Vaccination North-Western Provinces 1866-1877 - 1866-1877
Year: 1866
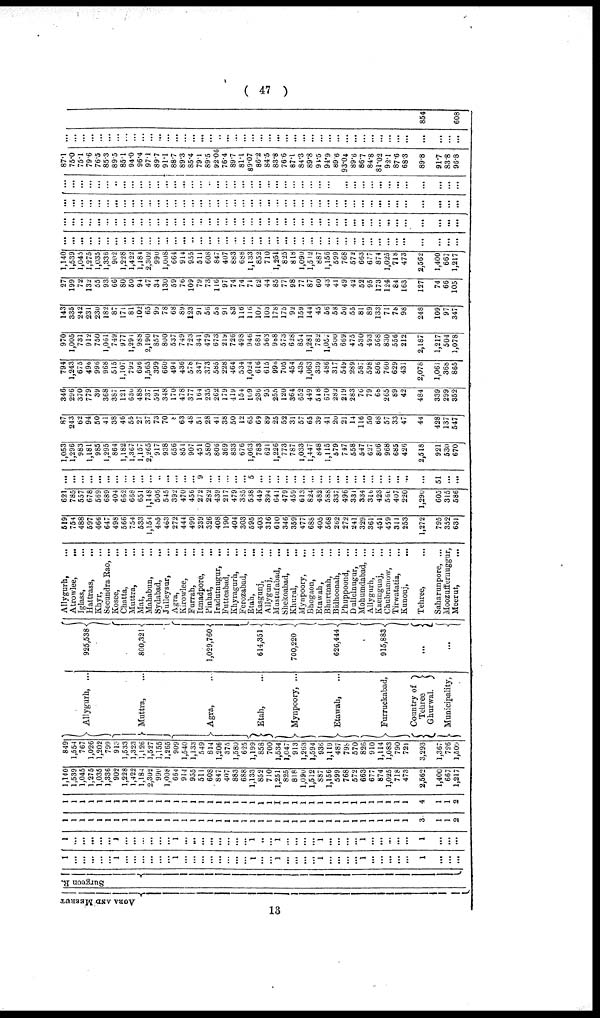
( 47 )
AGRA AND MEERUT
Sur ge on R.
1
...
...
...
...
...
1
...
...
...
...
...
...
1
...
...
...
...
...
...
...
...
1
...
...
1
...
...
...
...
1
...
...
...
...
1
...
...
...
...
...
1
...
...
...
1
...
...
...
...
...
1
...
...
...
...
...
...
1
...
...
...
...
...
...
...
...
1
...
...
1
...
...
...
...
1
...
...
...
...
1
...
...
...
...
...
1
...
...
...
1
1
1
1
1
1
1
1
1
1
1
1
1
1
1
1
1
1
1
1
1
1
1
1
1
1
1
1
1
1
1
1
1
1
1
1
1
1
1
1
1
3
1
1
2
1
1
1
1
1
1
1
1
1
1
1
1
1
1
1
1
1
1
1
1
1
1
1
1
1
1
1
1
1
1
1
1
1
1
1
1
1
1
1
1
1
4
1
1
2
1,140
1,539
1,045
1,275
1,035
1,336
902
1,228
1,422
1,184
2,302
990
1,008
664
914
955
511
608
847
407
883
688
1,133
852
710
1,251
825
818
1,090
1,512
887
1,156
599
768
572
663
677
874
1,025
718
473
2,562
1,400
667
1,217
849
1,554
767
1,026
1,202
799
913
1,533
1,323
1,126
1,527
1,155
1,265
909
1,540
1,133
549
814
1,206
375
1,580
625
1,199
858
700
1,534
1,047
913
1,263
1,594
936
1,119
487
798
570
826
910
1,114
1,083
790
721
3,293
1,367
726
l,509
Allygurh, ...
Muttra, ...
Agra, ...
Etah, ...
Mynpoory, ...
Etawah, ...
Furruckabad,
Country of
Tehree
Ghurwal.
Municipality,
925,538
800,321
1,029,760
614,351
700,220
626,444
915,883
...
...
Allygurh, ...
Atrowlee,
...
Iglass, ...
Hattrass, ...
Khyr, ...
Secundra Rao, ...
Kosee, ...
Chatta, ...
Muttra, ...
Mat, ...
Mahabun, ...
Sydabad, ...
Julleysur, ...
Agra, ...
Kirowlee, ...
Furrah, ...
Itmadpore, ...
Pinhat, ...
Iradutnugur, ...
Futteabad, ...
Khyragurh, ...
Ferozabad, ...
Etah, ...
Kasgunj, ...
Allygunj, ...
Mustufabad, ...
Shekoabad,
...
Khural,
...
Mynpoory,
...
Bhogaon, ...
Etawah, ...
Bhurtnah, ...
Bidhoonah, ...
Phuppoond, ...
Dullelnugur, ...
Mohumdabad, ...
Allygurh, ...
Kaemgunj, ...
Chubramow, ...
Tirwatatia, ...
Kunouj, ...
Tehree, ...
Saharunpore, ...
Moozuffernuggur,
Meerut,
...
519
754
488
597
466
647
498
566
754
533
1,154
485
463
272
444
499
239
326
408
190
404
303
595
403
316
610
346
359
477
688
405
568
262
272
241
329
361
451
459
311
253
1,272
795
352
631
621
785
557
678
569
689
404
662
668
651
1,148
505
545
392
470
456
272
282
439
217
479
335
538
449
394
641
479
459
613
824
482
588
337
496
331
334
315
423
566
407
220
1,290
605
315
586
...
...
...
...
...
...
...
...
...
...
...
...
...
...
...
...
9
...
...
...
...
...
5
...
...
...
...
...
...
...
...
...
...
...
...
...
...
...
...
...
...
...
51
...
...
1,053
1,296
983
1,181
985
1,295
864
1,182
1,367
1,157
2,265
917
938
656
851
907
451
580
806
369
833
676
1,063
783
621
1,226
773
787
1,033
1,447
848
1,115
579
747
558
547
627
806
968
685
426
2,518
921
530
670
87
243
62
94
50
41
38
46
55
27
37
73
70
8
63
48
51
28
41
38
50
12
65
69
89
25
52
31
57
65
39
41
20
21
14
116
50
68
57
33
47
44
428
137
547
346
296
370
779
39
368
387
121
630
488
737
591
348
170
478
377
164
235
262
179
419
154
109
235
95
255
120
364
652
449
548
670
282
219
283
76
79
68
265
89
42
484
339
299
352
794
1,243
675
496
996
968
515
1,107
792
696
1,565
399
660
494
436
578
347
373
585
228
464
534
1,024
616
615
996
705
454
438
1,063
339
486
317
549
289
587
598
806
760
629
431
2,078
1,061
368
865
970
1,005
731
912
750
1,061
749
977
1,291
988
2,190
857
800
537
749
723
341
479
673
219
726
498
946
681
563
988
573
628
854
1,281
782
1,057
500
669
475
530
493
568
830
556
212
2,187
1,217
504
1,078
143
335
242
231
230
182
87
171
81
102
65
99
78
68
89
123
91
56
58
91
83
116
116
109
103
178
175
92
159
144
45
56
58
50
55
81
89
133
71
78
98
248
109
97
347
27
199
72
132
55
93
66
80
50
94
47
34
130
59
76
109
79
73
116
97
74
74
71
62
44
85
77
98
77
87
60
43
41
49
42
52
95
173
124
84
163
127
74
66
105
1,140
1,539
1,045
1,275
1,035
1,336
902
1,228
1,422
1,184
2,302
990
1,008
664
914
955
511
608
847
407
883
688
1,133
852
710
1,251
825
818
1,090
1,512
887
1,156
599
768
572
663
677
874
1,025
718
473
2,562
1,400
667
1,217
...
...
...
...
...
...
...
...
...
...
...
...
...
...
...
...
...
...
...
...
...
...
...
...
...
...
...
...
...
...
...
...
...
...
...
...
...
...
...
...
...
...
...
...
...
...
...
...
...
...
...
...
...
...
...
...
...
...
...
...
...
...
...
...
...
...
...
...
...
...
...
...
...
...
...
...
...
...
...
...
...
...
...
...
...
...
...
...
...
...
...
...
...
...
...
...
...
...
...
...
...
...
...
...
...
...
...
...
...
...
...
...
...
...
...
...
...
...
...
...
...
...
...
...
...
...
...
...
...
...
...
...
...
...
...
...
...
...
...
...
...
...
...
...
...
...
...
...
...
...
...
...
...
...
...
...
...
...
...
...
...
...
...
...
...
...
...
...
...
...
...
...
...
...
...
...
...
...
...
...
87.1
75.0
75.1
79.6
76.5
85.3
89.5
85.1
94.0
96.4
97.1
89.7
91.1
88.7
89.3
85.4
79.1
89.5
92.06
76.4
89.7
81.1
89.07
86.2
84.5
83.8
76.6
87.1
84.3
89.8
94.5
94.9
89.6
93.04
89.6
86.7
84.8
81.02
92.1
87.6
68.3
89.8
91.7
83.8
96.8
...
...
...
...
...
...
...
...
...
...
...
...
...
...
...
...
...
...
...
...
...
...
...
...
...
...
...
...
...
...
...
...
...
...
...
...
...
...
...
...
...
...
...
...
...
854
608
13